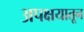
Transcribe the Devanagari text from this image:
अपक्षयातून